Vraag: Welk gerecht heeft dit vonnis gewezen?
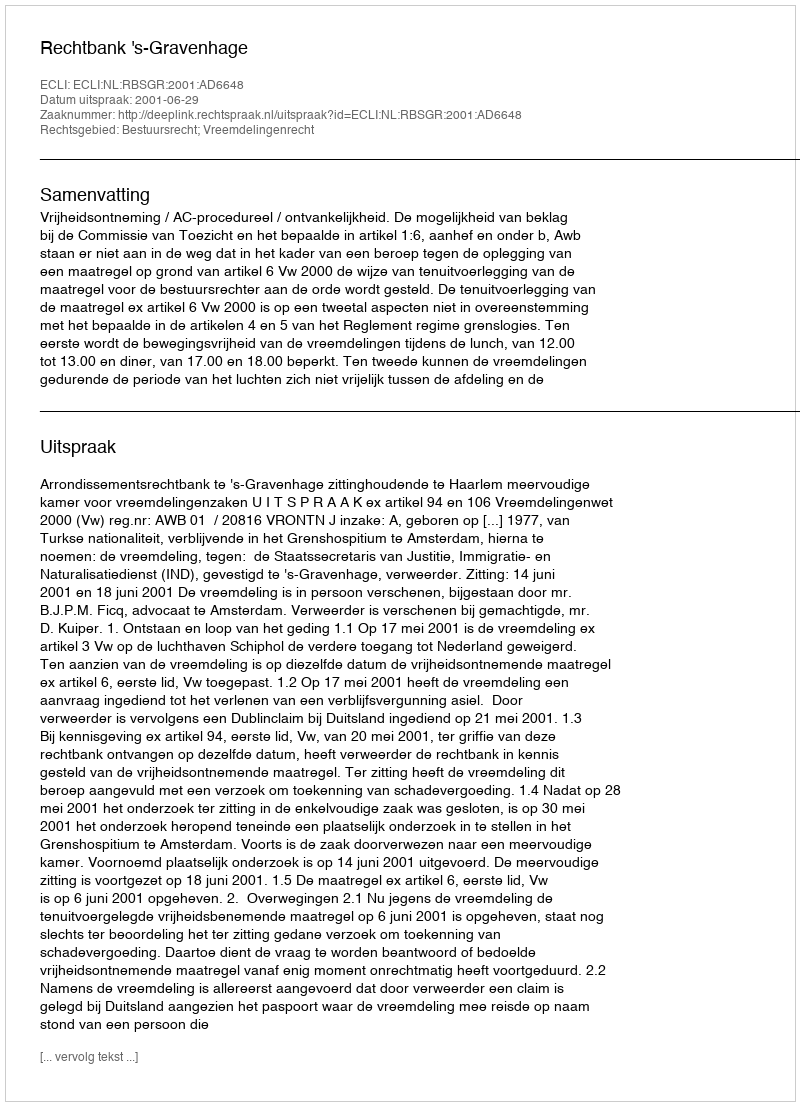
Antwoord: Rechtbank 's-Gravenhage